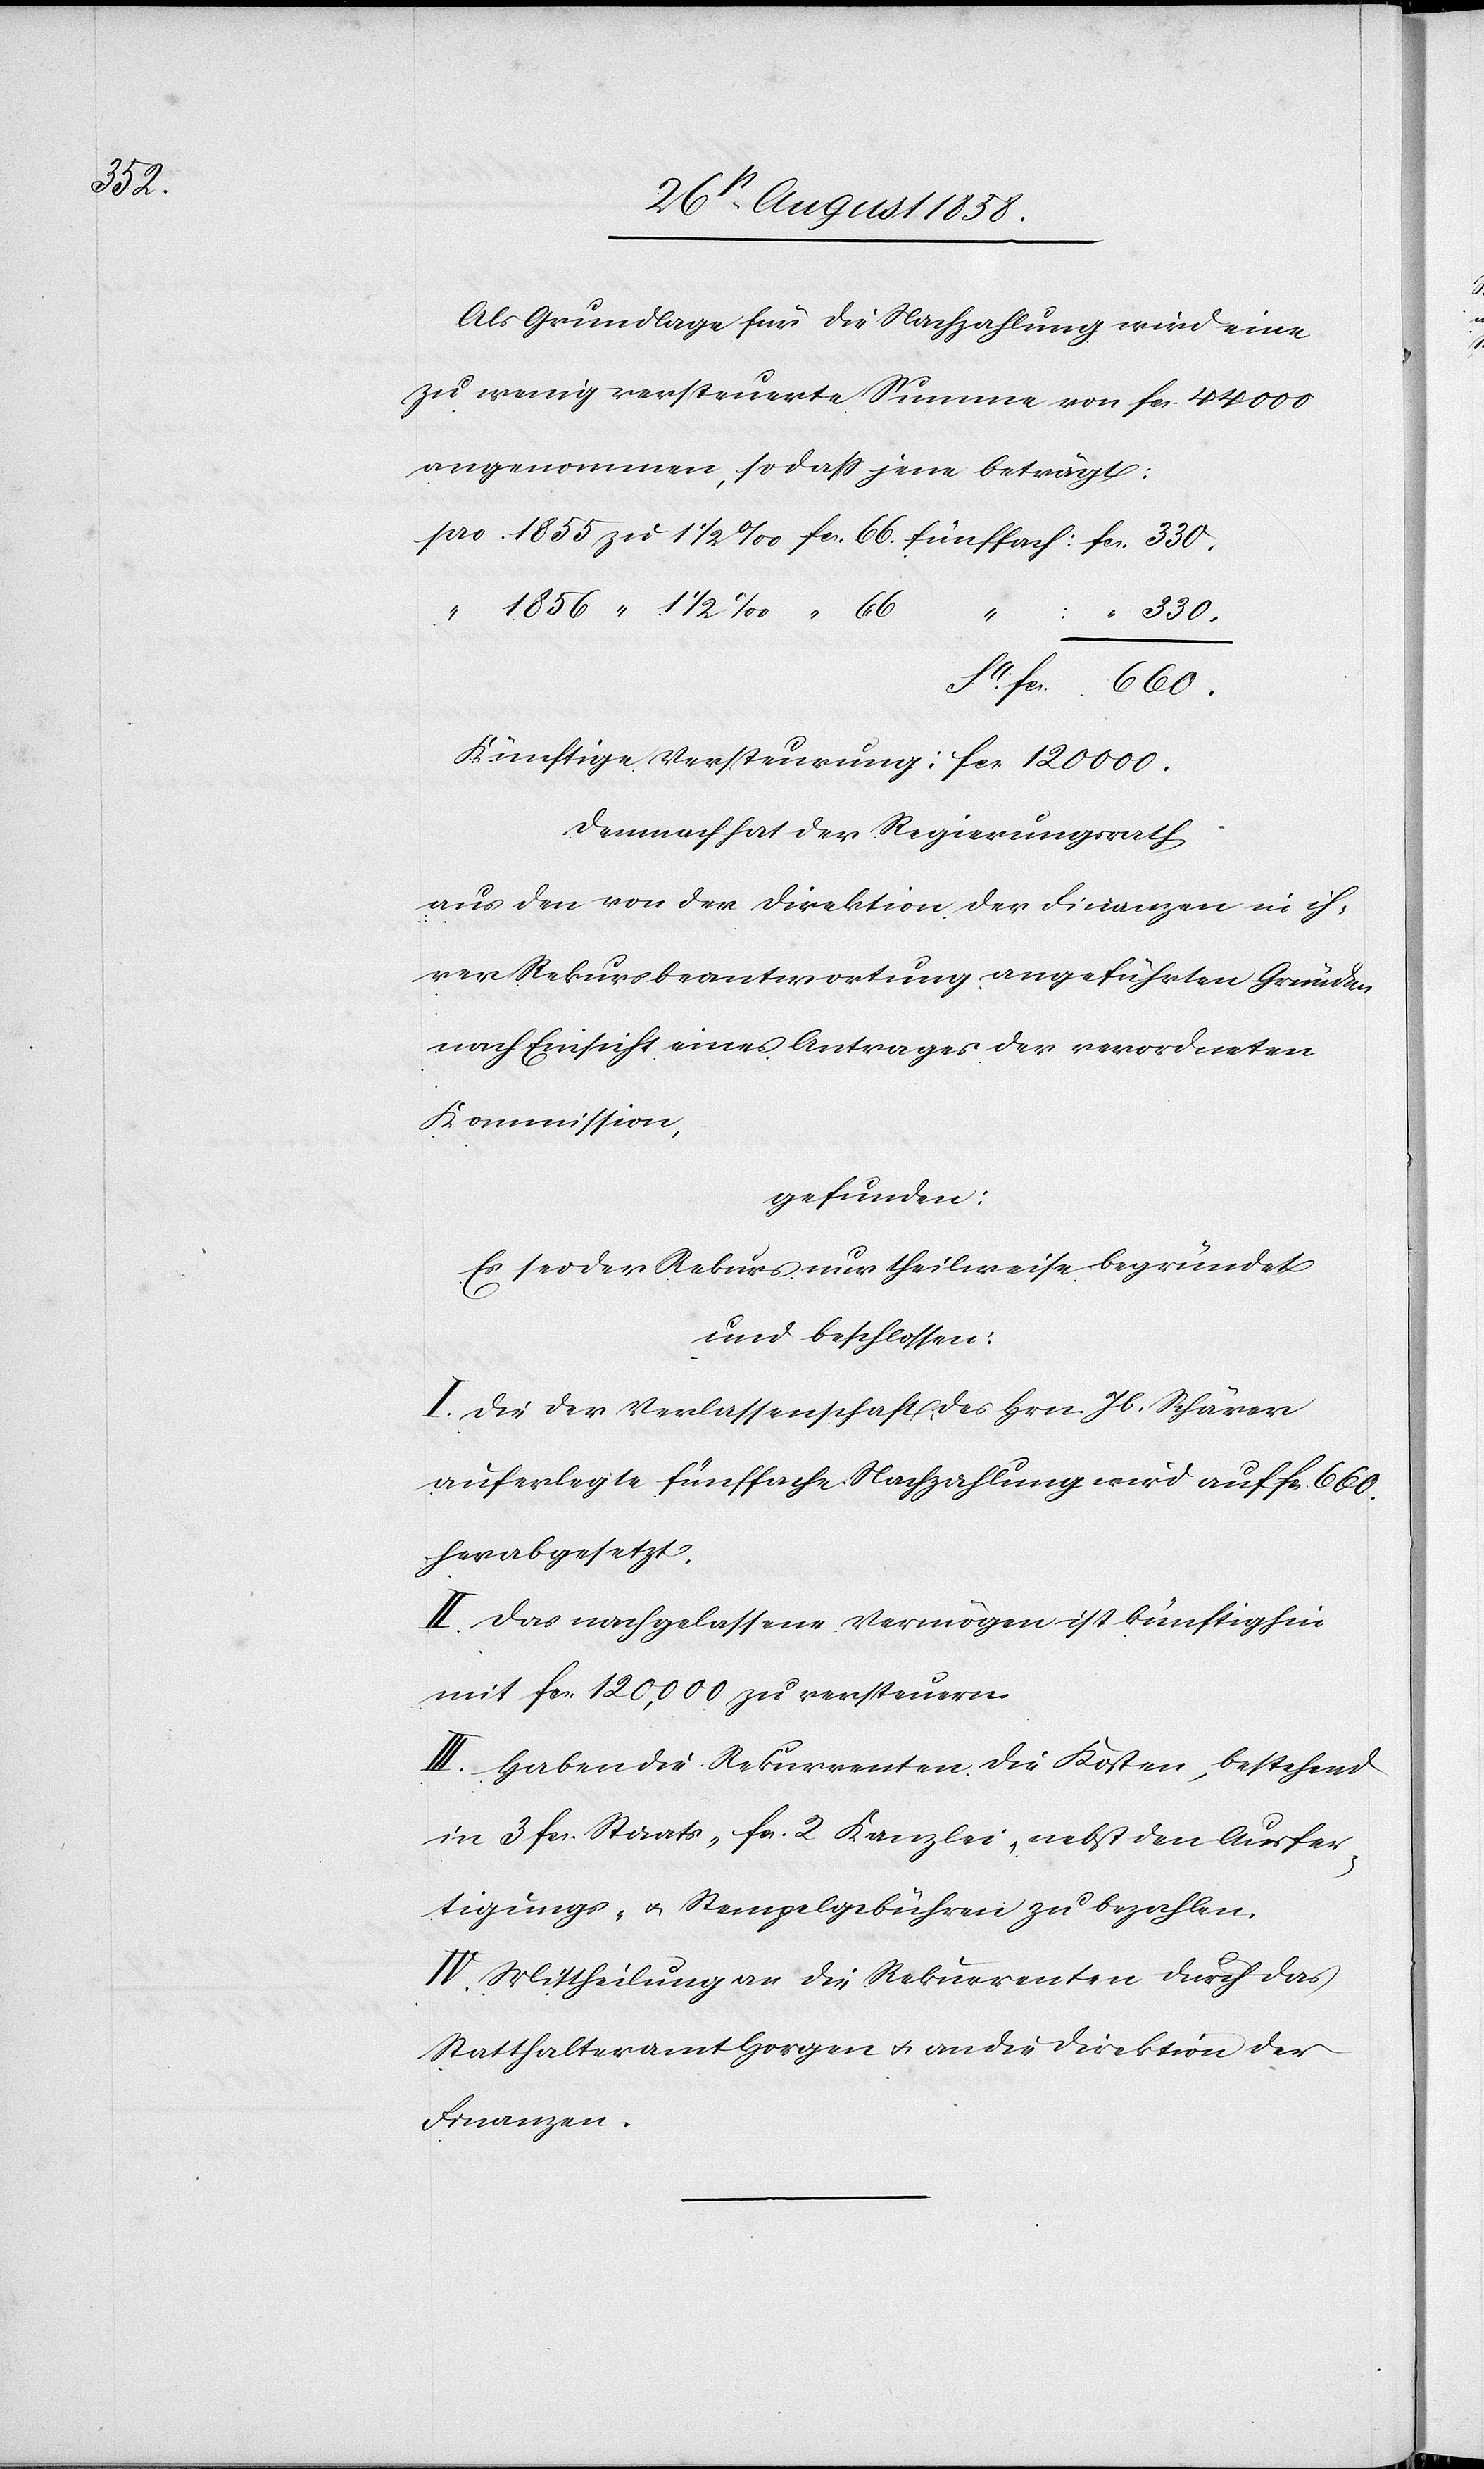
Sa.

Als Grundlage für die Nachzahlung wird eine
zu wenig versteuerte Summe von fcs. 44 000
angenommen, so dass jene beträgt:
pro 1855 zu 1 1/2 ‰ fcs. 66. fünffach:
“ 1856 “ 1 1/2 ‰ “ 66
fcs. 660.
Künftige Versteurung: fcs. 120 000.
Demnach hat der Regierungsrath
aus den von der Direktion der Finanzen in ih¬
rer Rekursbeantwortung angeführten Gründen
nach Einsicht eines Antrages der verordneten
Kommission,
gefunden:
Es sei der Rekurs nur theilweise begründet
und beschlossen:
I. Die der Verlassenschaft des Hrn. Jb. Schärer
auferlegte fünffache Nachzahlung wird auf fcs. 660.
herabgesetzt.
II. Das nachgelassene Vermögen ist künftighin
mit fcs. 120,000 zu versteuern.
III. Haben die Rekurrenten die Kosten, bestehend
in 3 fcs. Staats-[,] fcs. 2 Kanzlei-[,] nebst den Ausfer¬
tigungs- & Stempelgebühren zu bezahlen.
IV. Mittheilung an die Rekurrenten durch das
Statthalteramt Horgen & an die Direktion der
Finanzen.